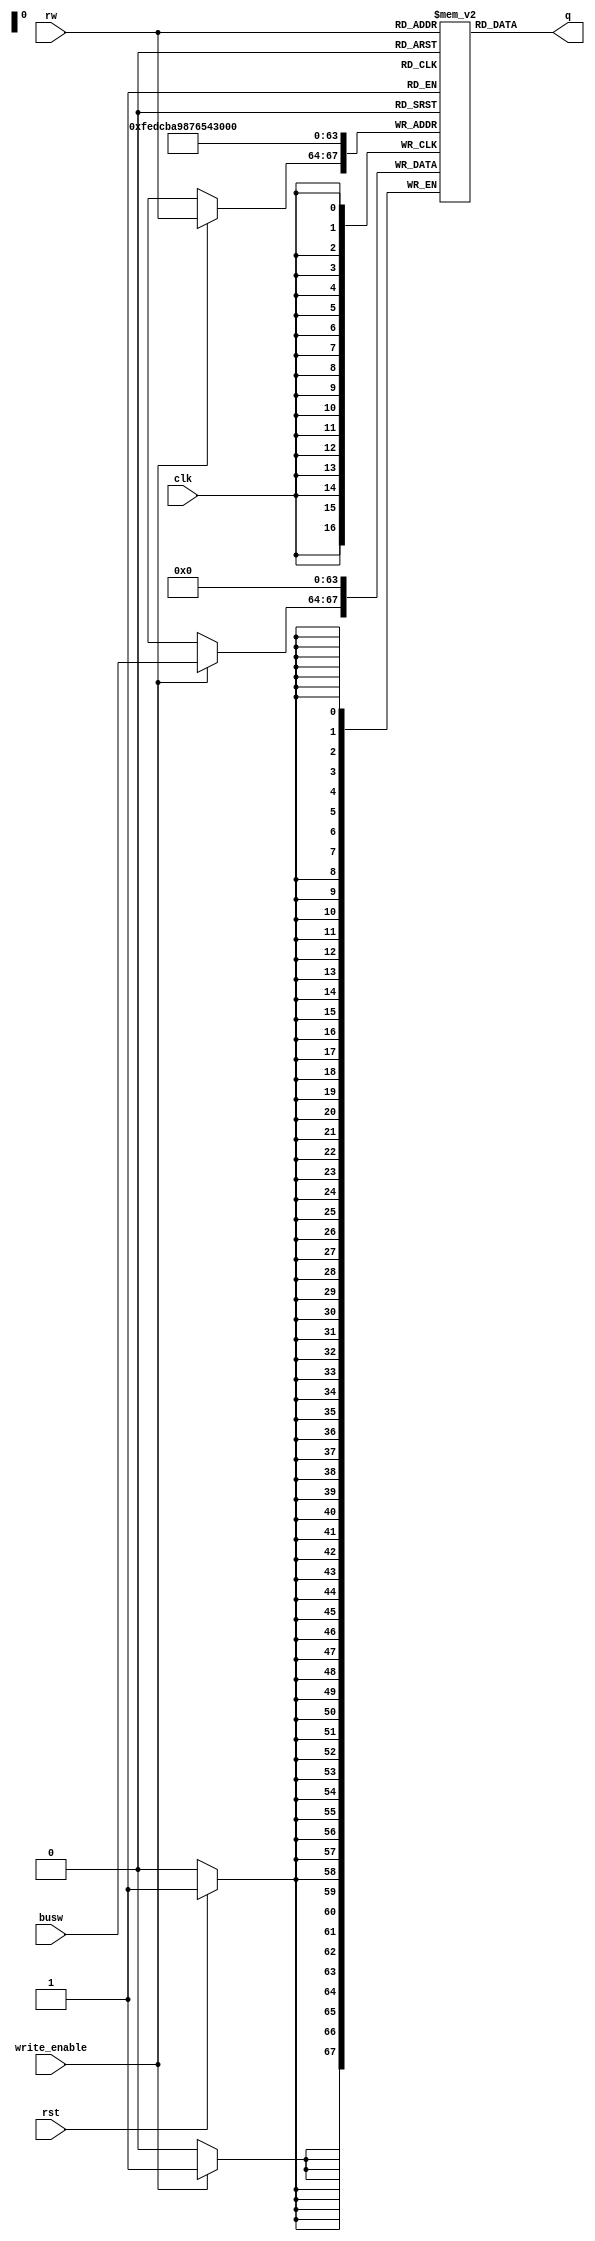
module write_reg(clk,write_enable, rst, rw, busw, q);
input clk, write_enable, rst;
input [3:0] rw;
input [3:0] busw;
output [3:0] q;
reg [3:0] register_file [15:0];
integer i;
always @(posedge clk)
begin
    if(rst==1)
    begin
        for(i=0; i<16; i=i+1)
        begin
            register_file[i]=4'b0000;
        end
    end
    if(write_enable==1)
    begin
        register_file[rw]=busw;
    end
end
assign q=register_file[rw];
endmodule

module write_reg_tb;
reg [3:0] rw;
reg clk, write_enable, rst;
reg [3:0] busw;
wire [3:0] q;
write_reg t1(clk,write_enable, rst, rw,busw, q);
always #5 clk =~clk;
initial
begin
    clk =1'b0; write_enable =1'b0; rst =1'b1;
    $monitor("Time=%f, clk=%b, rst =%b, write_enable=%b rw=%4b busw=%4b q=%4b",$time,clk, rst, write_enable, rw,busw, q);
    #10 rst =1'b0; rw=0; write_enable=1'b1;busw=4'b1111;
    #10 rst =1'b0; rw=4; write_enable=1'b1;busw=4'b1010;
    #10 rst =1'b0; rw=7; write_enable=1'b1;busw=4'b1000;
    #20$finish;
end
endmodule